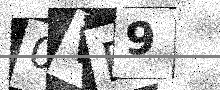
Text: 0VP9